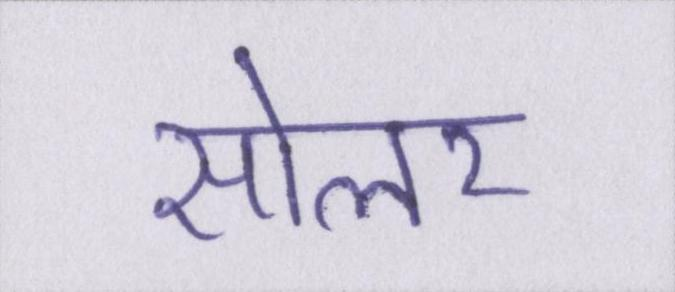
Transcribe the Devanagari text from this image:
सोलर